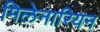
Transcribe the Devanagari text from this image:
मिलेनारियन